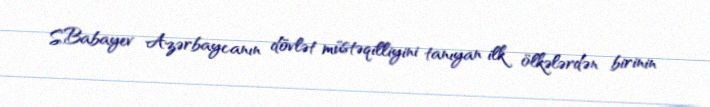
S.Babayev Azərbaycanın dövlət müstəqilliyini tanıyan ilk ölkələrdən birinin